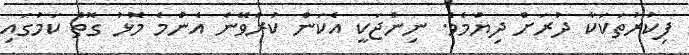
ފިކުރުތަކަކާ ދުރަށް ދިޔުމެވެ. ނިންޖަކީ އެކަން ކުރެވޭނެ އެންމެ މޮޅު ގޮތް ކަމުގައި